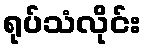
ရုပ်သံလိုင်း